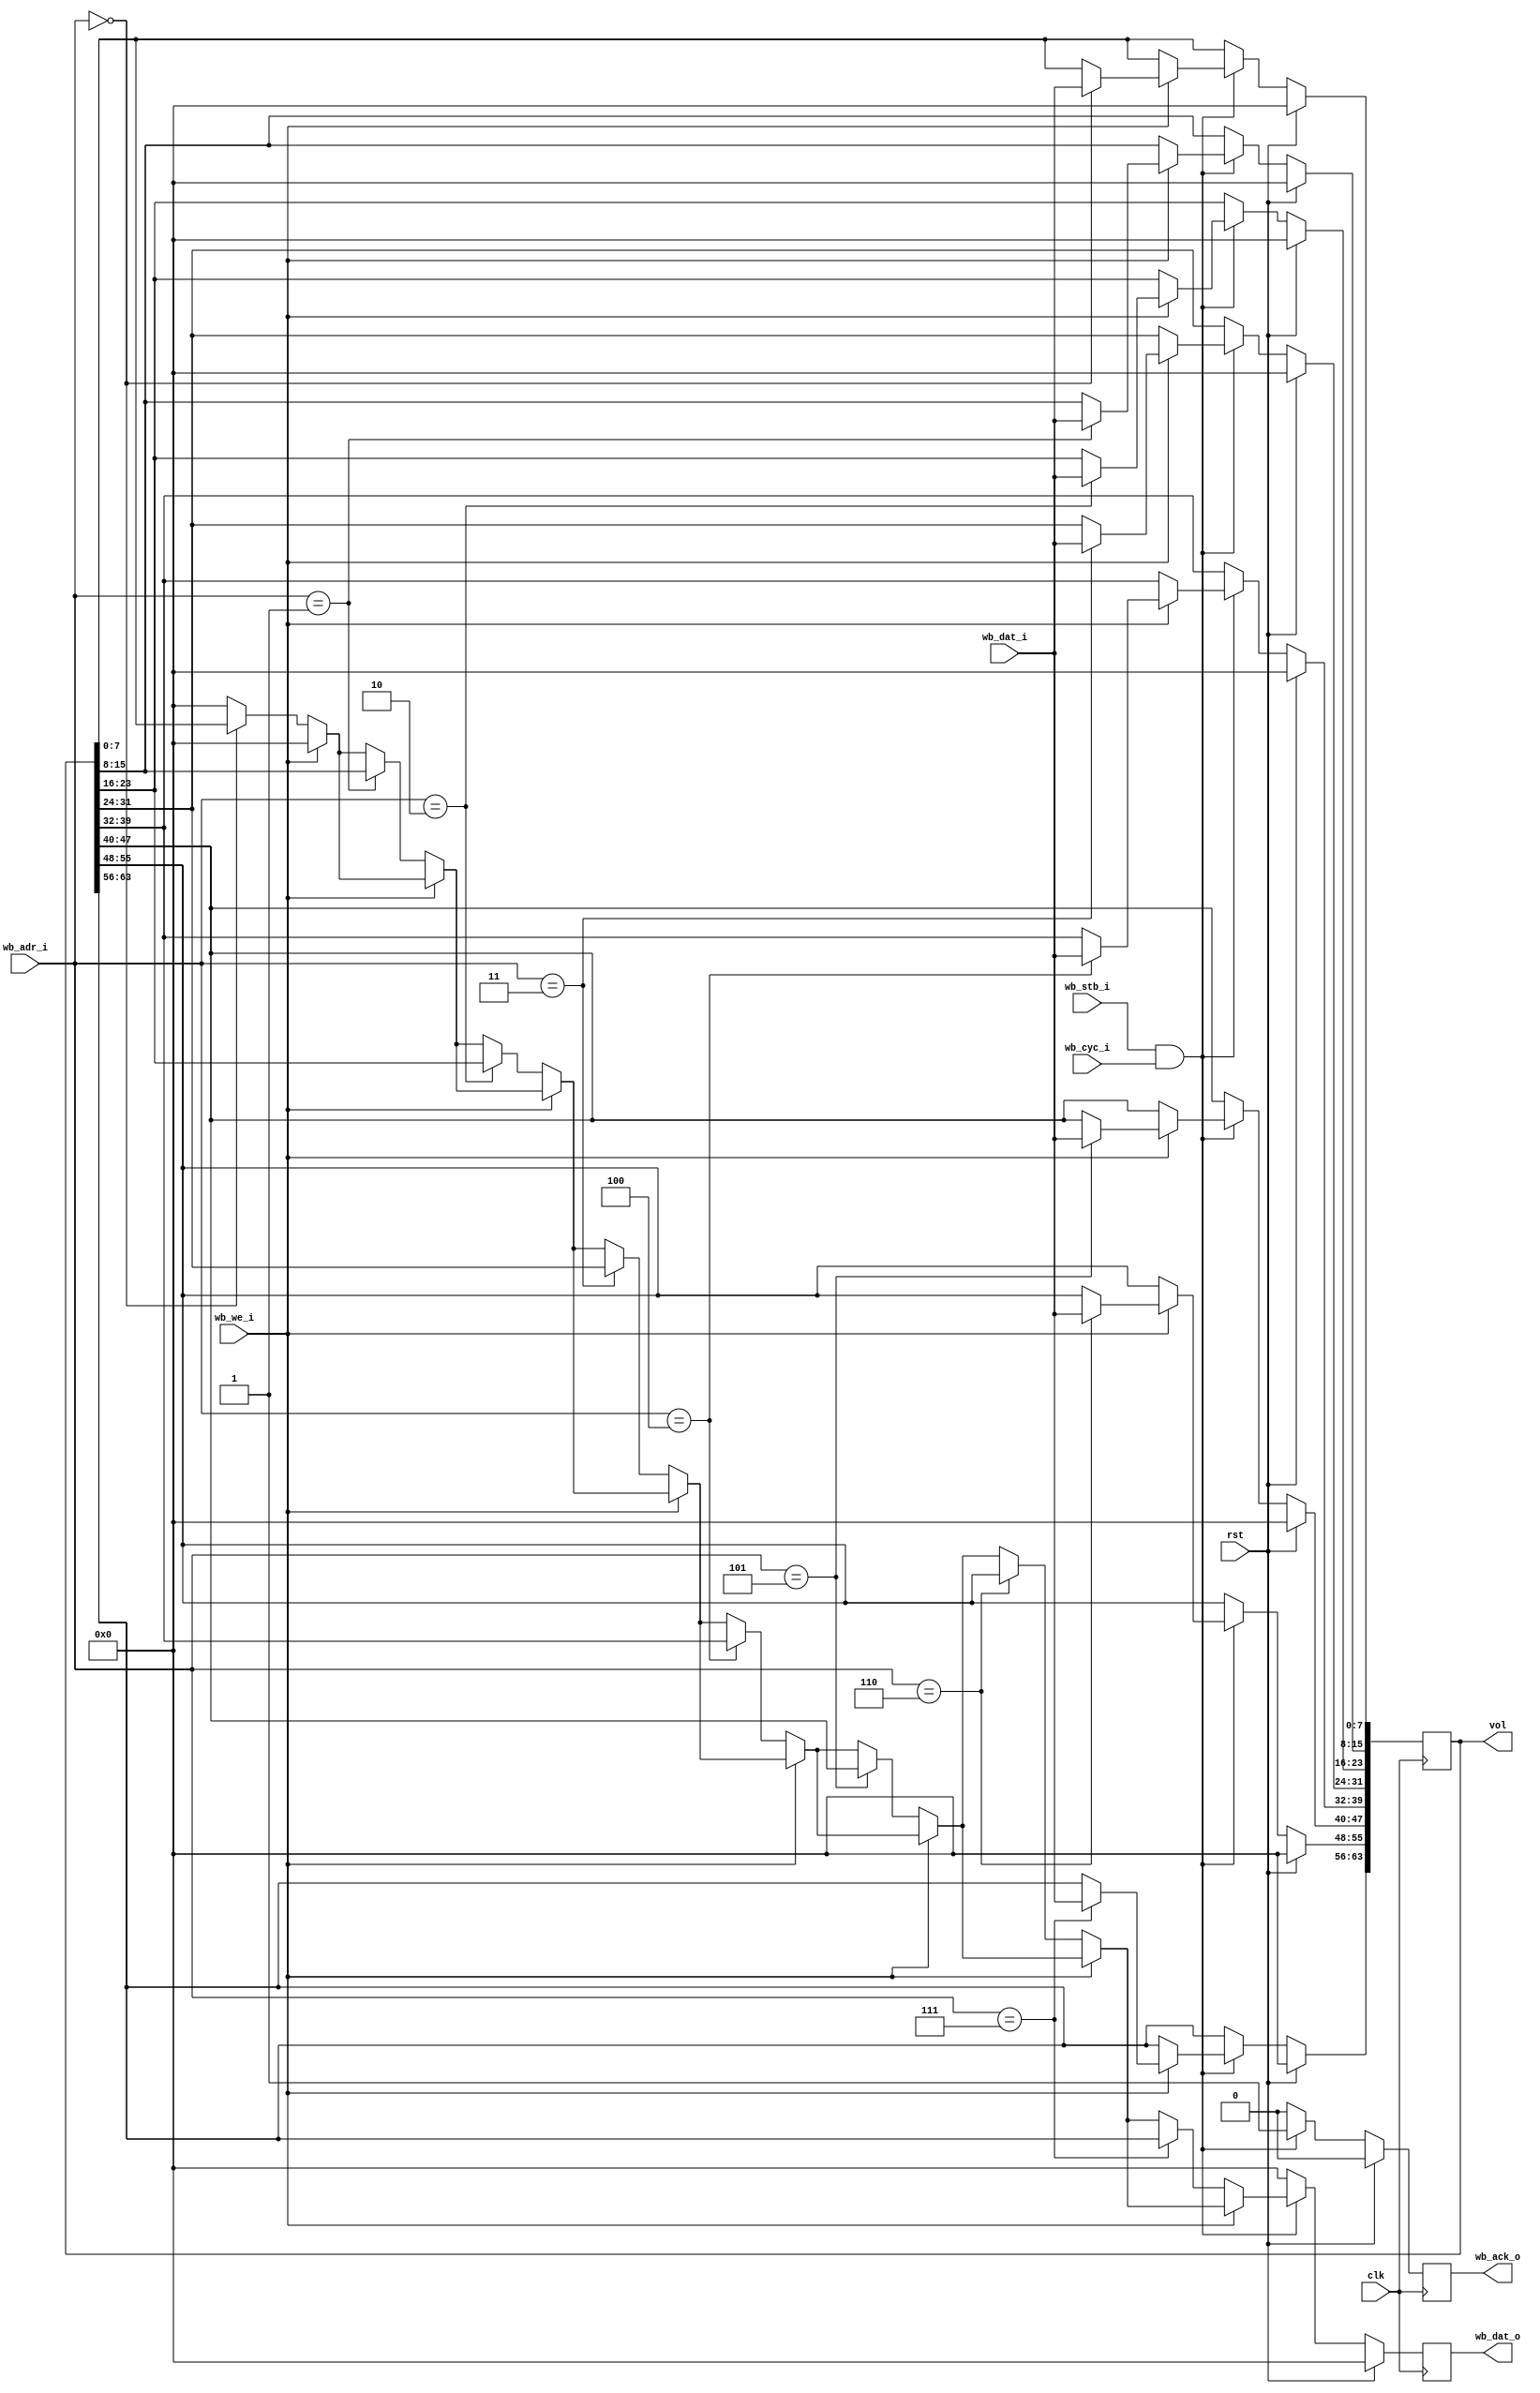
// configuration status registers via wishbone bus
module csr #(
    parameter NUM_CH = 4,
    parameter VOL_WIDTH = (8*2*NUM_CH),
    parameter ADDR_OFFSET_VOLS = 8'h00
)(
    input clk,
    input rst,

    output [(VOL_WIDTH-1):0] vol,

    input [6:0] wb_adr_i,
    input [7:0] wb_dat_i,
    output [7:0] wb_dat_o,
    input wb_we_i,
    input wb_stb_i,
    output wb_ack_o,
    input wb_cyc_i);

reg [(VOL_WIDTH-1):0] vol_ff;
assign vol = vol_ff;

reg wb_ack_ff;
assign wb_ack_o = wb_ack_ff;

reg [7:0] wb_dat_ff;
assign wb_dat_o = wb_dat_ff;

integer i;

always @(posedge clk) begin
    wb_ack_ff <= 0;
    wb_dat_ff <= 8'h00;

    if(rst) begin
        vol_ff <= {(VOL_WIDTH){1'b0}};
    end else if(wb_stb_i & wb_cyc_i) begin
        wb_ack_ff <= 1;

        for(i = 0; i < (VOL_WIDTH/8); i = i + 1) begin
            if(wb_we_i) begin
                // write cmd
                if(wb_adr_i == ADDR_OFFSET_VOLS + i)
                    vol_ff[i*8 +:8] <= wb_dat_i;
            end else begin
                // read cmd
                if(wb_adr_i == ADDR_OFFSET_VOLS + i)
                    wb_dat_ff <= vol_ff[i*8 +:8];
            end
        end
    end
end

endmodule